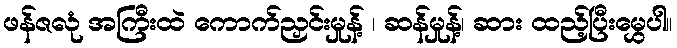
ဖန်ဇလုံ အကြီးထဲ ကောက်ညှင်းမှုန့် ၊ ဆန်မှုန့်၊ ဆား ထည့်ပြီးမွှေပါ။